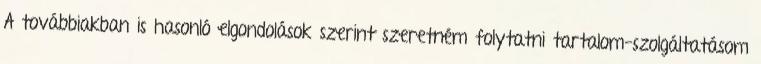
A továbbiakban is hasonló elgondolások szerint szeretném folytatni tartalom-szolgáltatásom